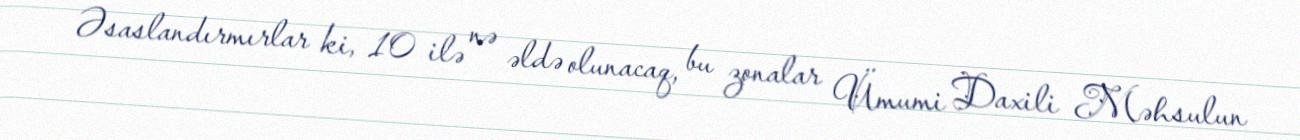
Əsaslandırmırlar ki, 10 ilə nə əldə olunacaq, bu zonalar Ümumi Daxili Məhsulun